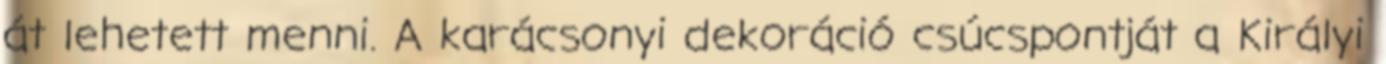
át lehetett menni. A karácsonyi dekoráció csúcspontját a Királyi